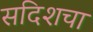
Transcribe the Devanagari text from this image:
सदिशचा